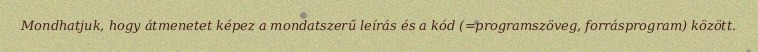
Mondhatjuk, hogy átmenetet képez a mondatszerű leírás és a kód (=programszöveg, forrásprogram) között.